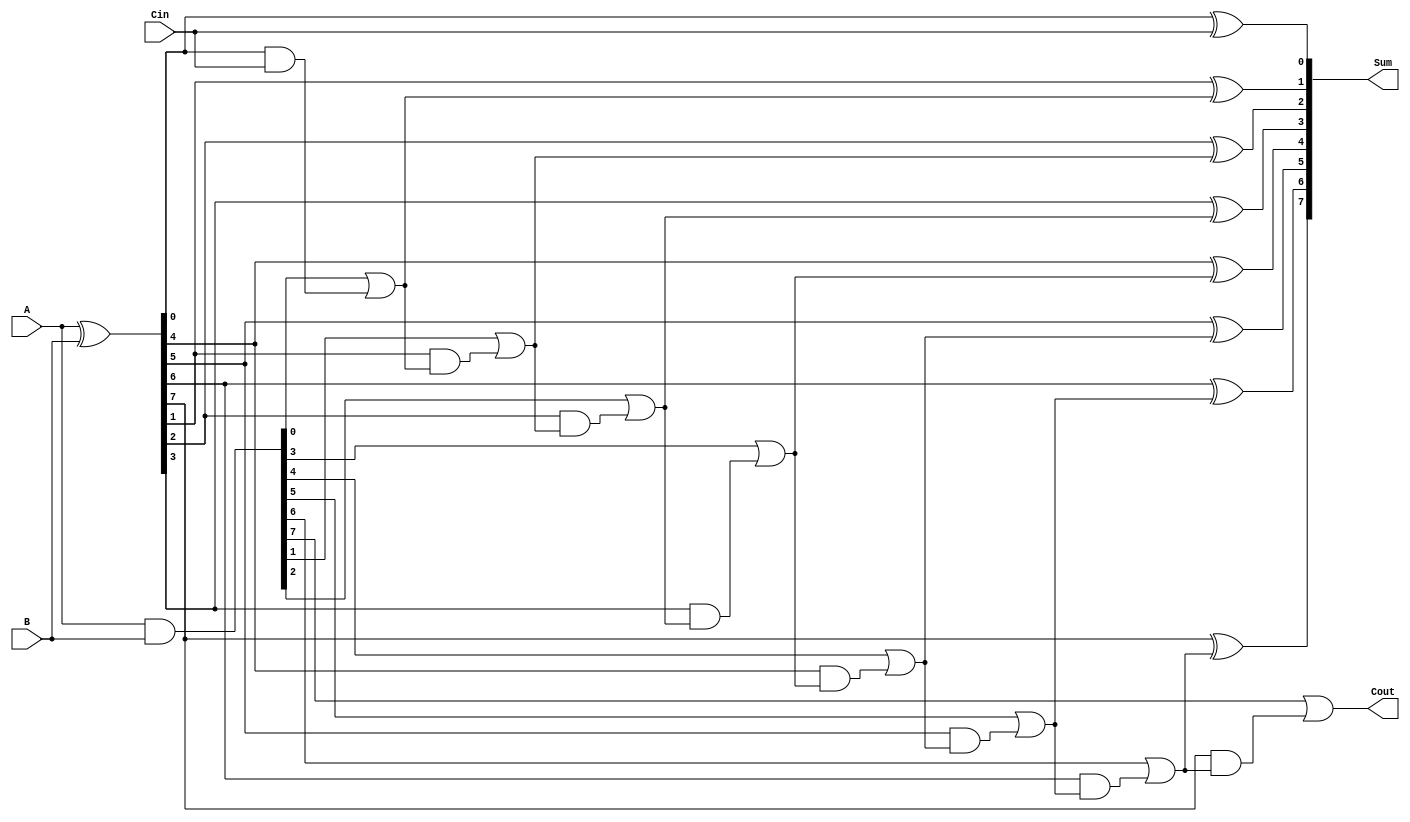
module PrecomputationCarryAdder #(parameter n = 8) (
    input  [n-1:0] A,      // First operand
    input  [n-1:0] B,      // Second operand
    input          Cin,     // Carry-in
    output [n-1:0] Sum,     // Sum output
    output         Cout      // Carry-out
);

    // Generate and propagate signals
    wire [n-1:0] G; // Generate
    wire [n-1:0] P; // Propagate
    wire [n:0] C;   // Carry signals (C[0] = Cin)

    // Generate and propagate logic
    assign G = A & B;          // G[i] = A[i] AND B[i]
    assign P = A ^ B;          // P[i] = A[i] XOR B[i]

    // Carry generation logic
    assign C[0] = Cin;         // Initial carry-in
    genvar i;
    generate
        for (i = 0; i < n; i = i + 1) begin : carry_gen
            if (i == 0) begin
                assign C[i + 1] = G[i] | (P[i] & C[i]); // Cout[0]
            end else begin
                assign C[i + 1] = G[i] | (P[i] & C[i]); // Cout[i]
            end
        end
    endgenerate

    // Sum calculation
    generate
        for (i = 0; i < n; i = i + 1) begin : sum_calc
            assign Sum[i] = P[i] ^ C[i]; // Sum[i] = A[i] XOR B[i] XOR Cout[i-1]
        end
    endgenerate

    // Final carry-out
    assign Cout = C[n]; // Carry-out from the most significant bit

endmodule